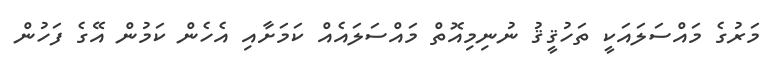
މަރުގެ މައްސަލައަކީ ތަހުޤީޤު ނުނިމިއޮތް މައްސަލައެއް ކަމަށާއި އެހެން ކަމުން އޭގެ ފަހުން